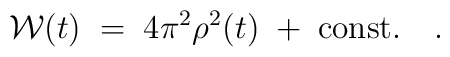
{\cal W}(t) \; = \; 4\pi^2\rho^2(t) \; + \; {\rm const.}~~~.